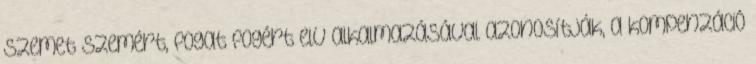
szemet szemért, fogat fogért elv alkalmazásával azonosítják, a kompenzáció